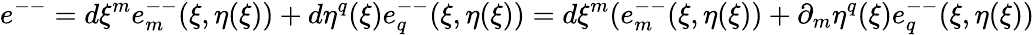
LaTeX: e^{--}=d\xi^{m}e_{m}^{--}(\xi,\eta(\xi))+d\eta^{q}(\xi)e_{q}^{--}(\xi,\eta(\xi))=d\xi^{m}(e_{m}^{--}(\xi,\eta(\xi))+\partial_{m}\eta^{q}(\xi)e_{q}^{--}(\xi,\eta(\xi))